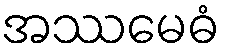
အဿမေဓံ